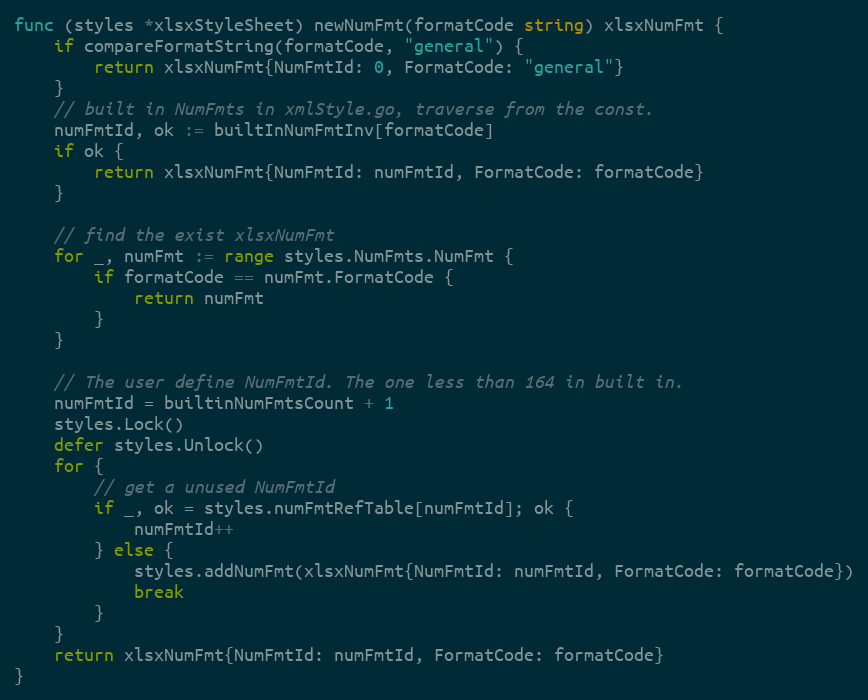
Language: Go
func (styles *xlsxStyleSheet) newNumFmt(formatCode string) xlsxNumFmt {
	if compareFormatString(formatCode, "general") {
		return xlsxNumFmt{NumFmtId: 0, FormatCode: "general"}
	}
	// built in NumFmts in xmlStyle.go, traverse from the const.
	numFmtId, ok := builtInNumFmtInv[formatCode]
	if ok {
		return xlsxNumFmt{NumFmtId: numFmtId, FormatCode: formatCode}
	}

	// find the exist xlsxNumFmt
	for _, numFmt := range styles.NumFmts.NumFmt {
		if formatCode == numFmt.FormatCode {
			return numFmt
		}
	}

	// The user define NumFmtId. The one less than 164 in built in.
	numFmtId = builtinNumFmtsCount + 1
	styles.Lock()
	defer styles.Unlock()
	for {
		// get a unused NumFmtId
		if _, ok = styles.numFmtRefTable[numFmtId]; ok {
			numFmtId++
		} else {
			styles.addNumFmt(xlsxNumFmt{NumFmtId: numFmtId, FormatCode: formatCode})
			break
		}
	}
	return xlsxNumFmt{NumFmtId: numFmtId, FormatCode: formatCode}
}